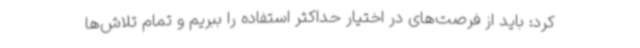
کرد: باید از فرصت‌های در اختیار حداکثر استفاده را ببریم و تمام تلاش‌ها